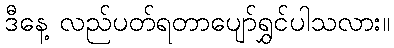
ဒီနေ့ လည်ပတ်ရတာပျော်ရွှင်ပါသလား။